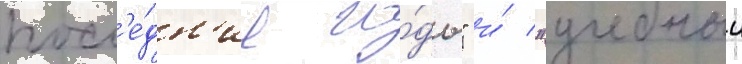
посл'е́дн'ие го́ды" и́ "учебныи